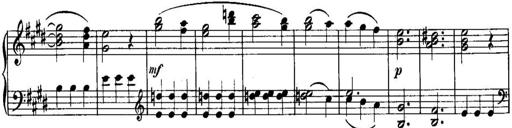
Title: Piano Sonatina No.1, Op.146
Composer: Stephen Heller